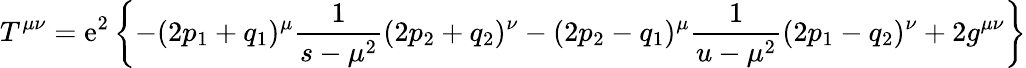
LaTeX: T^{\mu\nu}=\mathrm{e}^{2}\left\{ -(2p_{1}+q_{1})^{\mu}\frac{{1}}{{s-\mu^{2}}}(2p_{2}+q_{2})^{\nu}-(2p_{2}-q_{1})^{\mu}\frac{{1}}{{u-\mu^{2}}}(2p_{1}-q_{2})^{\nu}+2g^{\mu\nu}\right\}